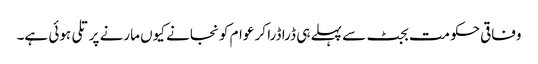
وفاقی حکومت بجٹ سے پہلے ہی ڈرا ڈرا کر عوام کو نجانے کیوں مارنے پر تلی ہوئی ہے۔